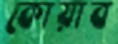
কোয়াব